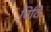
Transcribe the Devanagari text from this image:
चिठि